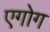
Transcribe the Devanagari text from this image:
एगोग